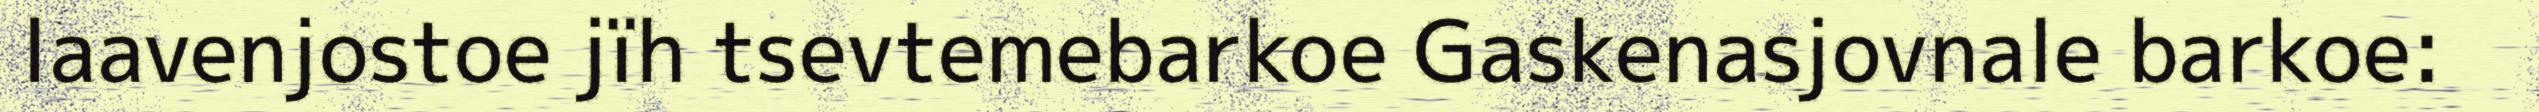
laavenjostoe jïh tsevtemebarkoe Gaskenasjovnale barkoe: